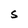
Character: S